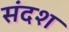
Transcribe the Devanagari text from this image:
संदश